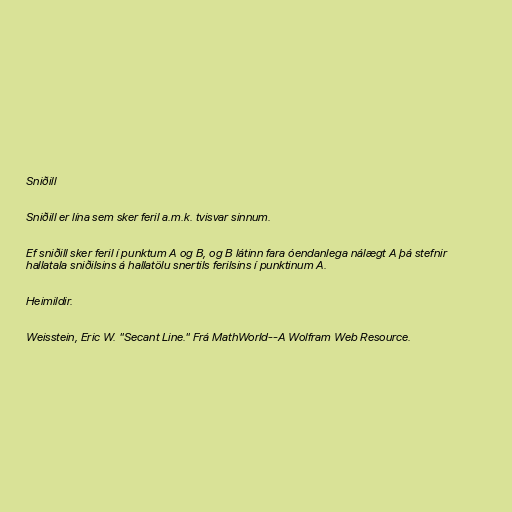
Sniðill

Sniðill er lína sem sker feril a.m.k. tvisvar sinnum.

Ef sniðill sker feril í punktum A og B, og B látinn fara óendanlega nálægt A þá stefnir
hallatala sniðilsins á hallatölu snertils ferilsins í punktinum A.

Heimildir.

Weisstein, Eric W. "Secant Line." Frá MathWorld--A Wolfram Web Resource.